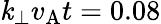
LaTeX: \mathit{k}_{\perp}v_{\mathrm{{A}}}t=0.08